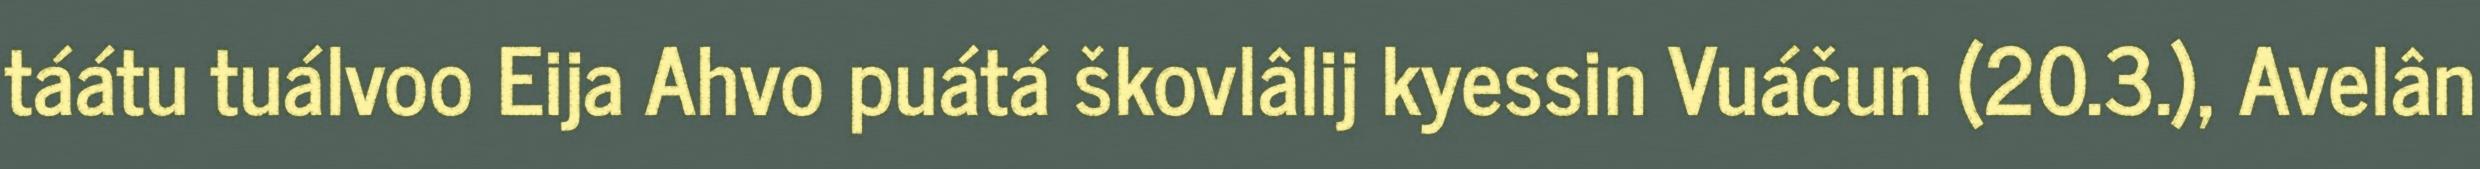
táátu tuálvoo Eija Ahvo puátá škovlâlij kyessin Vuáčun (20.3.), Avelân